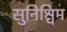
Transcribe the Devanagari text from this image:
सुनिश्चिम